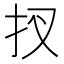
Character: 扠